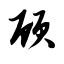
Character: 顾